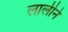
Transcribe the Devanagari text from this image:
लालीने